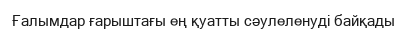
Ғалымдар ғарыштағы ең қуатты сәулеленуді байқады